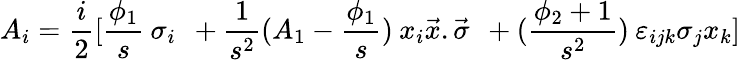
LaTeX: A_{i}=\frac{i}{2}[\frac{\phi_{1}}{s}\: \sigma_{i}\: \: +\frac{1}{s^{2}}(A_{1}-\frac{\phi_{1}}{s})\: x_{i}\vec{x}.\vec{\sigma}\: \: +(\frac{\phi_{2}+1}{s^{2}})\: \varepsilon_{ijk}\sigma_{j}x_{k}]